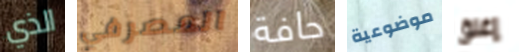
الذي المصرفي حافة موضوعية إغلق